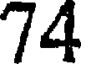
74